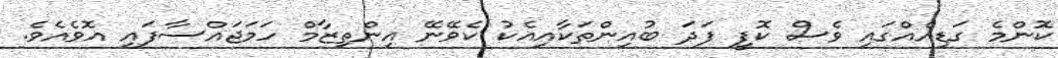
ކޮންމެ ގަޑިއެއްގައި ވެސް ކޮފީ ފަދަ ބުއިންތަކާއިއެކު ކެވޭނޭ އިންތިޒާމް ހަމަޖައްސާފައި އޮވެއެވެ.